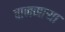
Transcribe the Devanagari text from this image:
वाजणार्‍या